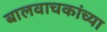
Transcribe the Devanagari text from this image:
बालवाचकांच्या